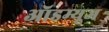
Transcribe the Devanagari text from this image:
ऑडम्यूज